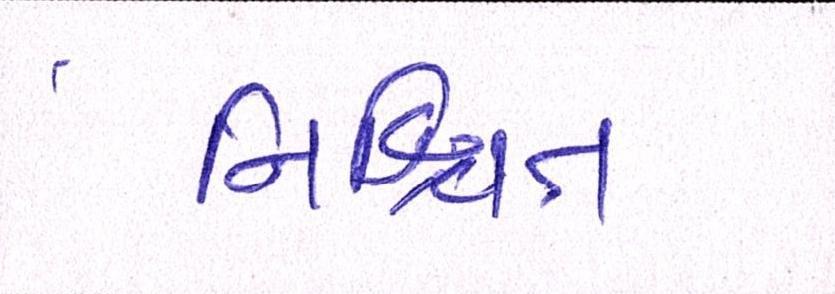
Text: નિશ્ચિત